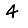
Digit: 4